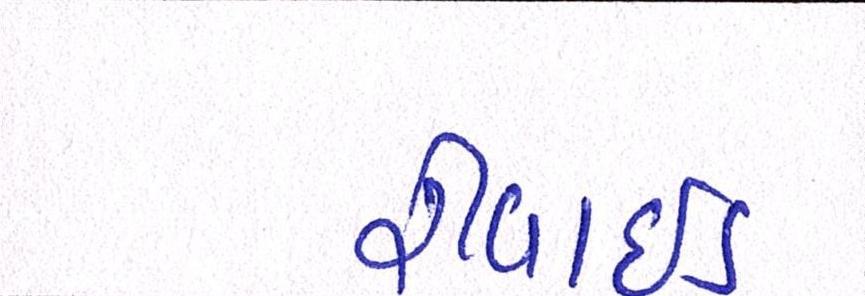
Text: રીવાઇડ